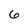
Character: 6